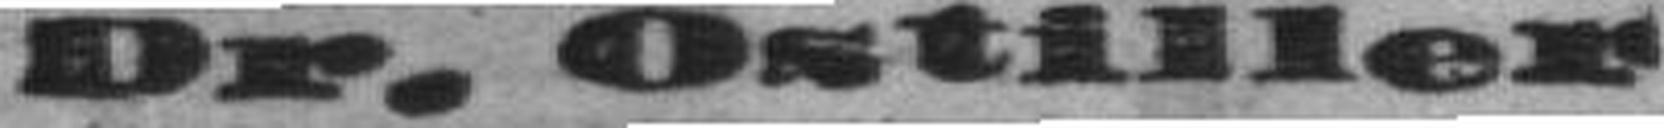
Dr. Ostiller